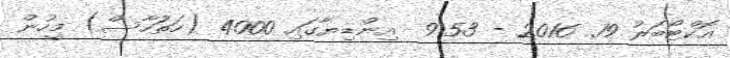
އޮކްޓޯބަރު 19